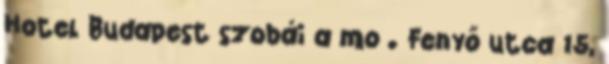
Hotel Budapest szobái a mo . Fenyő utca 15,